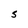
Character: S